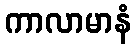
ကာလာမာနံ